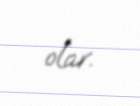
olar.